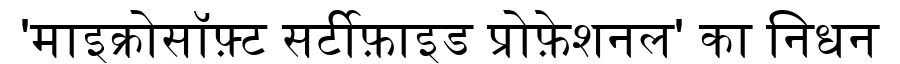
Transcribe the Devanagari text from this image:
'माइक्रोसॉफ़्ट सर्टीफ़ाइड प्रोफ़ेशनल' का निधन